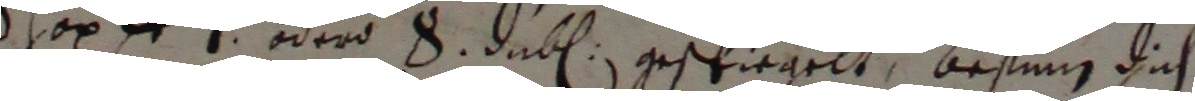
shon er 1 der 8 duten gescpiegelt, besing dich